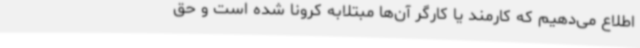
اطلاع می‌دهیم که کارمند یا کارگر آن‌ها مبتلابه کرونا شده است و حق